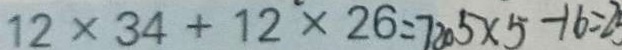
1 2 \times 3 4 + 1 2 \times 2 6 = 7 2 0 5 \times 5 - 1 6 = 2 5